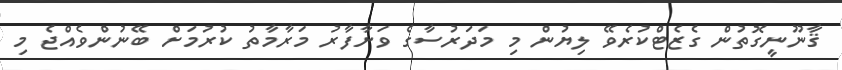
ޤާނޫނީގޮތުން ގެޒެޓްކުރެވޭ ލިޔުން މި މަދަރުސާގެ ވަށާފާރު މަރާމާތު ކުރުމަށް ބޭނުންވެއްޖެ މި